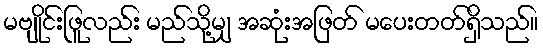
မဗျိုင်းဖြူလည်း မည်သို့မျှ အဆုံးအဖြတ် မပေးတတ်ရှိသည်။